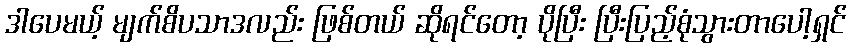
ဒါပေမယ့် မျက်စိပသာဒလည်း ဖြစ်တယ် ဆိုရင်တော့ ပိုပြီး ပြီးပြည့်စုံသွားတာပေါ့ရှင်